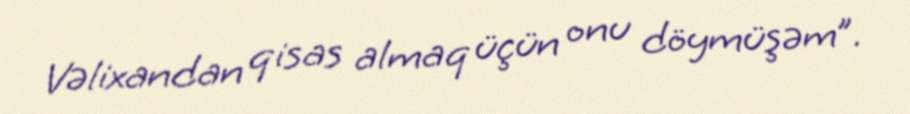
Vəlixandan qisas almaq üçün onu döymüşəm”.